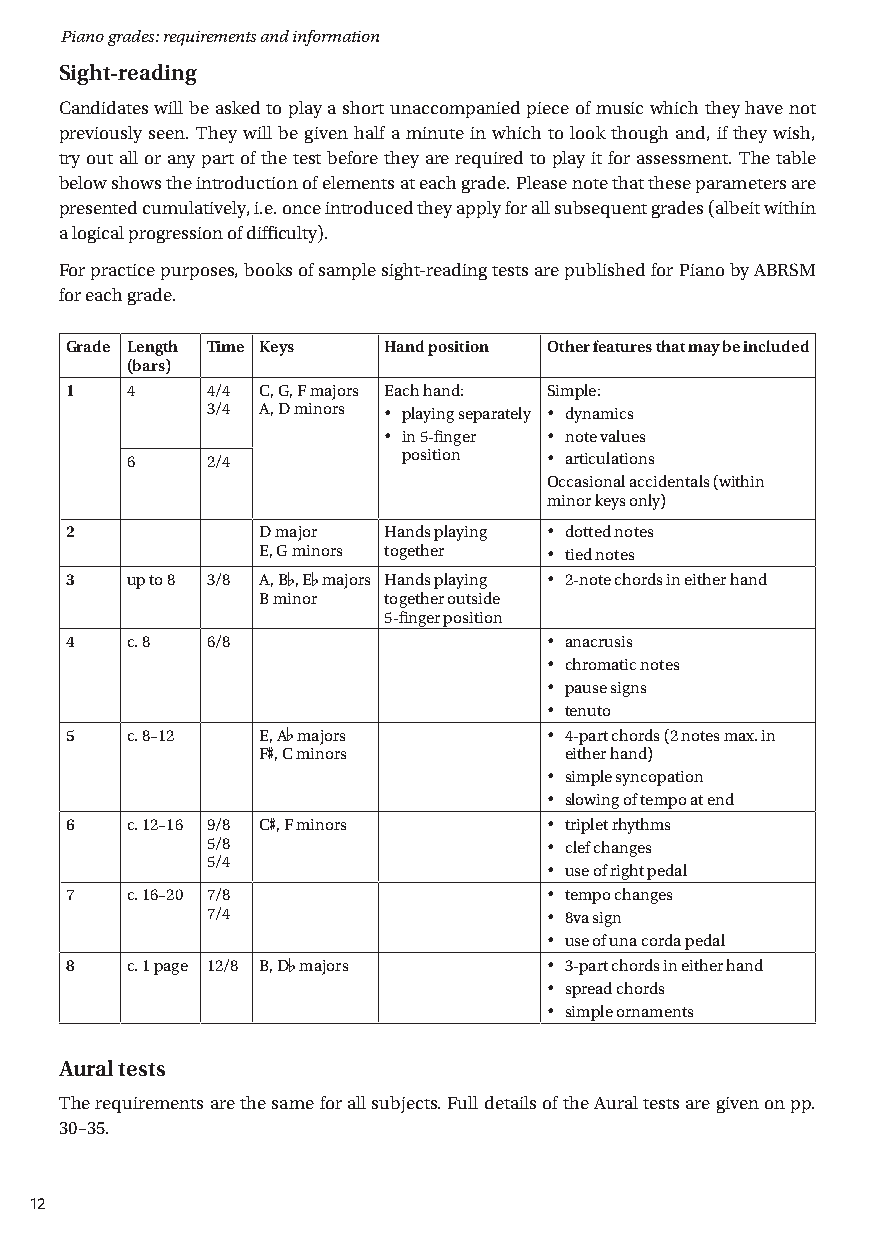
Piano grades: requirements and information
 Sight-reading
 Candidates will be asked to play a short unaccompanied piece of music which they have not
 previously seen. T hey will be given half a minute in which to look though and, if they wish,
 try out all or any part of the test before they are required to play it for assessment. T he table
 below shows the introduction of elements at each grade. Please note that these parameters are
 presented cumulatively, i.e. once introduced they apply for all subsequent grades (albeit within
 a logical progression of difficulty).
 For practice purposes, books of sample sight-reading tests are published for Piano by ABRSM
 for each grade.
 Grade Length Time Keys Hand position Other features that may be included
 (bars)
 1   4    4/4 C, G, F majors Each hand: Simple:
 3/4 A, D minors • playing separately • dynamics
 • in 5-finger • note values
 6    2/4          position • articulations
 Occasional accidentals (within
 minor keys only)
 2           D major  Hands playing • dotted notes
 E, G minors together • tied notes
 3   up to 8 3/8 A, B , E majors Hands playing • 2-note chords in either hand
 b b
 B minor  together outside
 5-finger position
 4   c. 8 6/8                   • anacrusis
 • chromatic notes
 • pause signs
 • tenuto
 5   c. 8–12 E, A majors        • 4-part chords (2 notes max. in
 b
 F#, C minors         either hand)
 • simple syncopation
 • slowing of tempo at end
 6   c. 12–16 9/8 C#, F minors  • triplet rhythms
 5/8                   • clef changes
 5/4
 • use of right pedal
 7   c. 16–20 7/8               • tempo changes
 7/4                   • 8va sign
 • use of una corda pedal
 8   c. 1 page 12/8 B, D majors • 3-part chords in either hand
 b
 • spread chords
 • simple ornaments
 Aural tests
 T he requirements are the same for all subjects. Full details of the Aural tests are given on pp.
 30–35.
 12